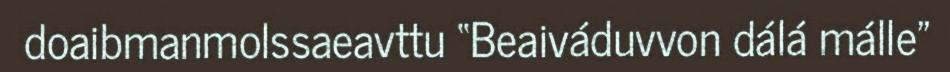
doaibmanmolssaeavttu “Beaiváduvvon dálá málle"